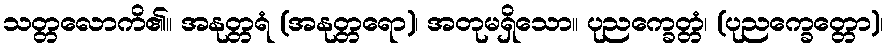
သတ္တလောကိ၏။ အနုတ္တရံ (အနုတ္တရော)၊ အတုမရှိသော။ ပုညက္ခေတ္တံ၊ (ပုညက္ခေတ္တော)၊